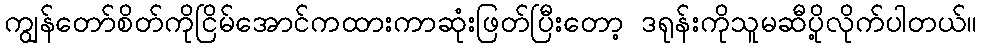
ကျွန်တော်စိတ်ကိုငြိမ်အောင်ကထားကာဆုံးဖြတ်ပြီးတော့ ဒရုန်းကိုသူမဆီပို့လိုက်ပါတယ်။